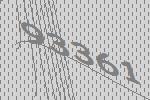
93361